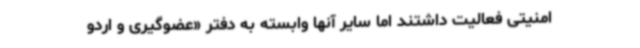
امنیتی فعالیت داشتند اما سایر آنها وابسته به دفتر «عضوگیری و اردو